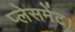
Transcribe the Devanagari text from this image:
प्लेसमेंट।